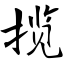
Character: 揽